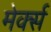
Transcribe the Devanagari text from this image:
मेर्क्स